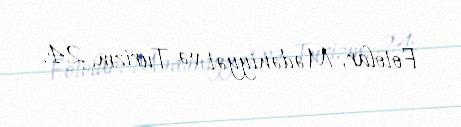
Fotolar, Mədəniyyət və Turizm, 24.